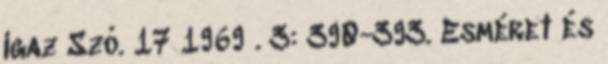
Igaz Szó. 17 1969 . 3: 390-393. Esméret és